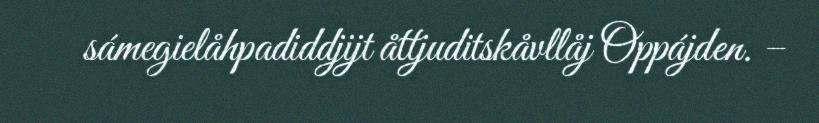
sámegielåhpadiddjijt åttjuditskåvllåj Oppájden. –